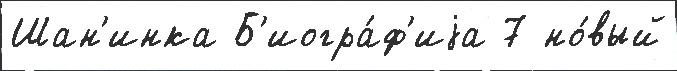
Шан'инка Б'иогра́ф'иjа 7 но́вый